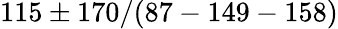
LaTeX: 115\pm 170/(87-149-158)